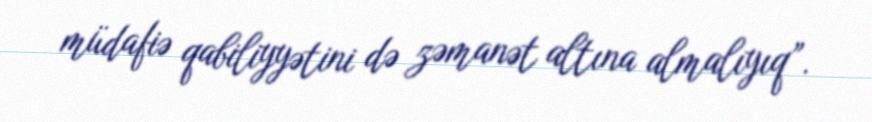
müdafiə qabiliyyətini də zəmanət altına almalıyıq”.